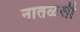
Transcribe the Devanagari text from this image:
नातळसी